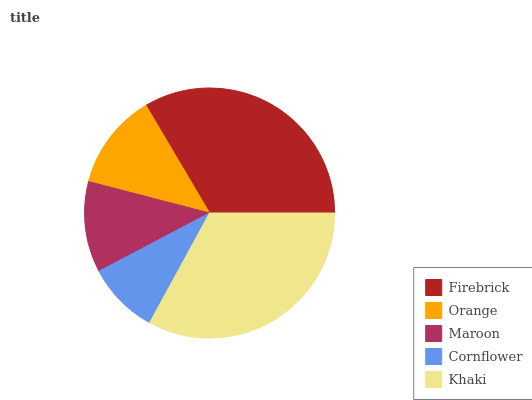
| Firebrick | Orange | Maroon | Cornflower | Khaki |
 | --- | --- | --- | --- | --- |
 | 33.5% | 12.5% | 11.8% | 9.33% | 33% |